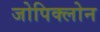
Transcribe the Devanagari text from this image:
जोपिक्लोन